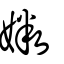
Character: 媺